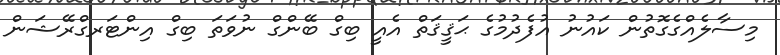
މިސާލެއްގެގޮތުން ކައުނު އުފެދުމުގެ ޙަޤީޤަތް އެއީ ބިގް ބޭންގް ނުވަތަ ބިގް އިންޓަރގްރޭޝަން